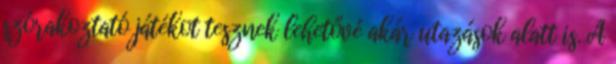
szórakoztató játékot tesznek lehetővé akár utazások alatt is. A